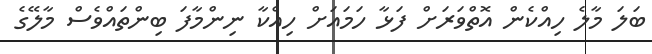
ބަލަ މާލެ ހިއްކެން އޮތްވަރަށް ފަޅާ ހަމައަށް ހިއްކާ ނިންމާފަ ބިންތައްވެސް މާލޭގެ